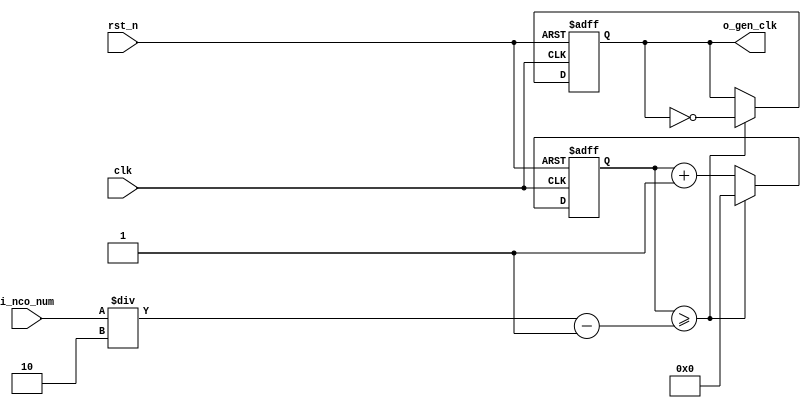
//	--------------------------------------------------
//	Clock Controller (nco, debounce, controller)
//	--------------------------------------------------
module	nco(	
		o_gen_clk,
		i_nco_num,
		clk,
		rst_n);

output		o_gen_clk	;				// generate 1Hz CLK

input	[31:0]	i_nco_num	;				// (like cnt) 1~50M switching
input		clk		;				// 50Mhz CLK
input		rst_n		;

reg	[31:0]	cnt		;				// (like i_nco_num) 1~25M twice switching
reg		o_gen_clk	;

always @(posedge clk or negedge rst_n) begin
	if(rst_n == 1'b0) begin					// start all 0
			cnt	  <= 32'd0		;
			o_gen_clk <= 1'd0		;
	end else begin
		if(cnt >= i_nco_num/2-1) begin			
			cnt 	  <= 32'd0		;
			o_gen_clk <= ~o_gen_clk		;	// each 25M cnt, clk_1hz = ~clk_1hz
		end else begin
			cnt <= cnt + 1'b1;
		end
	end
end

endmodule

module  debounce(
		o_sw,
		i_sw,
		clk);
output		o_sw			;

input		i_sw			;
input		clk			;

reg		dly1_sw			;
always @(posedge clk) begin
	dly1_sw <= i_sw;
end

reg		dly2_sw			;
always @(posedge clk) begin
	dly2_sw <= dly1_sw;
end

assign		o_sw = dly1_sw | ~dly2_sw;

endmodule


module	controller(
		o_mode,
		o_position,

		o_sec_clk,
		o_min_clk,
		o_hour_clk,		// hour clk o
		
		o_sw_ssec_clk,         // stop watch clk
      		o_sw_sec_clk,      
      		o_sw_min_clk,      

		i_max_hit_sec,
		i_max_hit_min,
		i_max_hit_hour,		// hit hour o ( max: 24)

		i_sw_hit_sec,         // sw hit
      		i_sw_hit_ssec,
      		i_sw_hit_min,         

		o_alarm_sec_clk,
		o_alarm_min_clk,
		o_alarm_hour_clk,	// alarm hour clk

		o_alarm_en1,
		o_alarm_en2,

		o_stopwatch_en,
		o_am_pm_en,		

		i_sw0,
		i_sw1,
		i_sw2,
		i_sw3,
		i_sw4,
		
		i_sw6,
		i_sw7,

		clk,
		rst_n,
		dis_hour,
		dis_min,
		dis_sec);

output	[2:0]	o_mode			;  	// clock=0, move=1, alarm=2
output	[1:0]	o_position		; 	// hour, min, sec position 

output		o_sec_clk		;
output		o_min_clk		;
output		o_hour_clk		;  	// hour clk o => for only clock

output		o_alarm_en1		;
output		o_alarm_en2		;

output	[1:0]	o_stopwatch_en		;	// stop_watch state
output		o_am_pm_en		;

output		o_alarm_sec_clk 	;
output		o_alarm_min_clk 	;
output		o_alarm_hour_clk	;	// alarm hour clk

output      	o_sw_ssec_clk      	;
output      	o_sw_sec_clk      	;
output     	o_sw_min_clk      	;   	// sw clk

output		dis_hour		;
output		dis_min			;
output		dis_sec			;

input		i_max_hit_sec		;
input		i_max_hit_min		;
input		i_max_hit_hour		;  	// hit hour nessary o (max:24)

input      	i_sw_hit_sec      	;
input      	i_sw_hit_ssec      	;
input      	i_sw_hit_min      	;   

input		i_sw0			;
input 		i_sw1			;
input 		i_sw2			; 
input		i_sw3			;  	// alarm button , when 0, no alarm, when 1, alarm ring
input		i_sw4			;	// at stopwatch, stop button

input		i_sw6			;
input		i_sw7			;

input		clk			;
input		rst_n			;

parameter	MODE_CLOCK	= 3'd0	;
parameter	MODE_SETUP	= 3'd1	;
parameter	MODE_ALARM	= 3'd2	;  	// alarm mode
parameter	MODE_STOPWATCH= 3'd3	;
parameter	MODE_SYDNEY_CLOCK = 3'd4;	// world clock ( sydney  )
parameter	MODE_LONDON_CLOCK = 3'd5;	// world clock ( london )

parameter 
		POS_SEC	 = 2'd0		,
		POS_MIN	 = 2'd1		,
		POS_HOUR = 2'd2		;

wire		clk_100hz		;
nco		u0_nco(
		.o_gen_clk	( clk_100hz	),
		.i_nco_num	( 32'd500000	),
		.clk		( clk		),
		.rst_n		( rst_n		));



wire		sw0			;
debounce	u0_debounce(
		.o_sw		( sw0		),
		.i_sw		( i_sw0		),
		.clk		( clk_100hz	));

wire		sw1			;
debounce	u1_debounce(
		.o_sw		( sw1		),
		.i_sw		( i_sw1		),
		.clk		( clk_100hz	));

wire		sw2			;
debounce	u2_debounce(
		.o_sw		( sw2		),
		.i_sw		( i_sw2		),
		.clk		( clk_100hz	));

wire		sw3			;
debounce	u3_debounce(
		.o_sw		( sw3		),
		.i_sw		( i_sw3		),
		.clk		( clk_100hz	));

wire		sw4			;
debounce	u4_debounce(
		.o_sw		( sw4		),
		.i_sw		( i_sw4		),
		.clk		( clk_100hz	));

wire		sw6			;
debounce	u6_debounce(
		.o_sw		( sw6		),
		.i_sw		( i_sw6		),
		.clk		( clk_100hz	));

wire		sw7			;
debounce	u7_debounce(
		.o_sw		( sw7		),
		.i_sw		( i_sw7		),
		.clk		( clk_100hz	));

/// at blink using

wire		dis_hour		;

nco		u_nco0(					
		.o_gen_clk	( dis_hour	),
		.i_nco_num	( 32'd50000000	),	// 1 sec , clk change
		.clk		( clk		),
		.rst_n		( rst_n		));

wire		dis_min			;

nco		u_nco1(					
		.o_gen_clk	( dis_min	),
		.i_nco_num	( 32'd50000000	),	// 1 sec , clk change
		.clk		( clk		),
		.rst_n		( rst_n		));

wire		dis_sec			;

nco		u_nco2(					
		.o_gen_clk	( dis_sec	),
		.i_nco_num	( 32'd50000000	),	// 1 sec , clk change
		.clk		( clk		),
		.rst_n		( rst_n		));



reg  [2:0]	o_mode			;	// clock, move, alarm

always @(posedge sw0 or negedge rst_n) begin
	if(rst_n == 1'b0) begin
		o_mode <= MODE_CLOCK;
	end else begin
		if(o_mode >= MODE_LONDON_CLOCK) begin
			o_mode <= MODE_CLOCK;
		end else begin
			o_mode <= o_mode + 1'b1;
		end
	end
end

reg [1:0]	o_position		;  	//  hour = 2 , min = 1 , sec = 0

always @(posedge sw1 or negedge rst_n) begin
	if(rst_n == 1'b0) begin
		o_position <= POS_SEC;		// pos_sec =0 start! add 1
	end else begin
		if(o_position >= POS_HOUR) begin
			o_position <= POS_SEC;
		end else begin
			o_position <= o_position + 1'd1;
		end
	end
end

reg 		o_alarm_en1		;

always @(posedge sw3 or negedge rst_n) begin
	if(rst_n == 1'b0) begin
		o_alarm_en1 <= 2'd0;
	end else begin
		o_alarm_en1 <= o_alarm_en1 + 1'b1;
	end
end

reg 		o_alarm_en2		;

always @(posedge sw7 or negedge rst_n) begin
	if(rst_n == 1'b0) begin
		o_alarm_en2 <= 2'd0;
	end else begin
		o_alarm_en2 <= o_alarm_en2 + 1'b1;
	end
end

///// o_stopwatch_en's mode

parameter   MODE_RESET  = 2'd0   ; 
parameter   MODE_GO   	= 2'd1   ;
parameter   MODE_STOP   = 2'd2   ;

reg   [1:0]   o_stopwatch_en      ;    // reset,  go, stop 

always @(posedge sw4 or negedge rst_n) begin
   	if(rst_n == 1'b0) begin
      		o_stopwatch_en <= MODE_RESET;      
   	end else begin
      		if(o_stopwatch_en >= MODE_STOP) begin
         		o_stopwatch_en <= MODE_RESET;
      		end else begin
        		o_stopwatch_en <= o_stopwatch_en + 1'b1;
      		end
   	end
end

reg		o_am_pm_en		;

always @(posedge sw6 or negedge rst_n) begin			// when o_am_pm_en =1, am_pm mode
	if(rst_n == 1'b0) begin
		o_am_pm_en <= 1'b0;
	end else begin
		o_am_pm_en <= o_am_pm_en + 1'b1;
	end
end


wire		clk_1hz			;

nco		u1_nco(
		.o_gen_clk	( clk_1hz	),
		.i_nco_num	( 32'd50000000	),
		.clk		( clk		),
		.rst_n		( rst_n		));

reg		o_sec_clk		;
reg		o_min_clk		;
reg		o_hour_clk		;  // hour clk making

reg		o_alarm_sec_clk		;
reg		o_alarm_min_clk		;
reg		o_alarm_hour_clk	;

reg      	o_sw_ssec_clk      	;
reg      	o_sw_sec_clk      	;
reg      	o_sw_min_clk      	;


always @(*) begin
	case(o_mode)
		MODE_CLOCK : begin
			o_sec_clk  = clk_1hz;
			o_min_clk  = i_max_hit_sec;
			o_hour_clk = i_max_hit_min; // when max-min, hour+1
			o_alarm_sec_clk = 1'b0;
			o_alarm_min_clk = 1'b0;
			o_alarm_hour_clk = 1'b0;
			o_sw_ssec_clk = 1'b0;
        		o_sw_sec_clk = 1'b0;
         		o_sw_min_clk = 1'b0;
		end
		MODE_SETUP : begin
			case(o_position)
				POS_SEC : begin
					o_sec_clk  = ~sw2;	
					o_min_clk  = 1'd0;	 
					o_hour_clk = 1'd0;	// when sec select, min and hour = 0	
 					o_alarm_sec_clk = 1'b0;
					o_alarm_min_clk = 1'b0;
					o_alarm_hour_clk = 1'b0;
					o_sw_ssec_clk = 1'b0;
         				o_sw_sec_clk = 1'b0;
         				o_sw_min_clk = 1'b0;
				end
				POS_MIN : begin
					o_sec_clk  = 1'd0;
					o_min_clk  = ~sw2;
					o_hour_clk = 1'd0;	// when min select, sec and hour = 0
					o_alarm_sec_clk = 1'b0;
					o_alarm_min_clk = 1'b0;
					o_alarm_hour_clk = 1'b0;
					o_sw_ssec_clk = 1'b0;
         				o_sw_sec_clk = 1'b0;
         				o_sw_min_clk = 1'b0;
				end
				POS_HOUR : begin
					o_sec_clk  = 1'd0;
					o_min_clk  = 1'd0;
					o_hour_clk = ~sw2;	// when hour select, sec and min = 0
					o_alarm_sec_clk = 1'b0;
					o_alarm_min_clk = 1'b0;
					o_alarm_hour_clk = 1'b0;
					o_sw_ssec_clk = 1'b0;
         				o_sw_sec_clk = 1'b0;
         				o_sw_min_clk = 1'b0;
				end
			endcase
		end
		MODE_ALARM : begin
			case(o_position)
				POS_SEC : begin
					o_sec_clk = clk_1hz;
					o_min_clk = i_max_hit_sec;
					o_hour_clk = i_max_hit_min;
					o_alarm_sec_clk = ~sw2;
					o_alarm_min_clk= 1'b0;
					o_alarm_hour_clk = 1'b0;
					o_sw_ssec_clk = 1'b0;
         				o_sw_sec_clk = 1'b0;
         				o_sw_min_clk = 1'b0;
				end
				POS_MIN : begin
					o_sec_clk = clk_1hz;
					o_min_clk = i_max_hit_sec;
					o_hour_clk = i_max_hit_min;
					o_alarm_sec_clk = 1'b0;
					o_alarm_min_clk = ~sw2;
					o_alarm_hour_clk = 1'b0;
					o_sw_ssec_clk = 1'b0;
         				o_sw_sec_clk = 1'b0;
         				o_sw_min_clk = 1'b0;
				end
				POS_HOUR: begin
					o_sec_clk = clk_1hz;
					o_min_clk = i_max_hit_sec;
					o_hour_clk = i_max_hit_min;
					o_alarm_sec_clk = 1'b0;
					o_alarm_min_clk = 1'b0;
					o_alarm_hour_clk = ~sw2;
					o_sw_ssec_clk = 1'b0;
         				o_sw_sec_clk = 1'b0;
         				o_sw_min_clk = 1'b0;
				end
			endcase
		end
		 MODE_STOPWATCH : begin
            		case(o_stopwatch_en)       
         			MODE_RESET: begin //reset
                  			o_sec_clk  =clk_1hz ;
                 			o_min_clk  = i_max_hit_sec;
                 			o_hour_clk = i_max_hit_min; 
                   			o_alarm_sec_clk = 1'b0;
                 			o_alarm_min_clk = 1'b0;
                  			o_alarm_hour_clk = 1'b0;
                  			o_sw_ssec_clk = clk_1hz ;
                 			o_sw_sec_clk =clk_1hz ;
                  			o_sw_min_clk = clk_1hz ;
                     		end
       				MODE_GO: begin //go
                  			o_sec_clk  = clk_1hz ;
                 			o_min_clk  = i_max_hit_sec;
                 			o_hour_clk = i_max_hit_min; 
                   			o_alarm_sec_clk = 1'b0;
                 			o_alarm_min_clk = 1'b0;
                  			o_alarm_hour_clk = 1'b0;
                  			o_sw_ssec_clk = clk_100hz;
                  			o_sw_sec_clk = i_sw_hit_ssec;
                  			o_sw_min_clk = i_sw_hit_sec;
                     		end
         			MODE_STOP:begin //stop
                  			o_sec_clk  = clk_1hz ;
                  			o_min_clk  = i_max_hit_sec;
                  			o_hour_clk = i_max_hit_min; 
                  			o_alarm_sec_clk = 1'b0 ;
                  			o_alarm_min_clk = 1'b0 ;
                  			o_alarm_hour_clk = 1'b0;
                  			o_sw_ssec_clk = clk_1hz ;
                			o_sw_sec_clk = clk_1hz ;
                  			o_sw_min_clk = clk_1hz ;
            			end
            			endcase
      		end

		MODE_SYDNEY_CLOCK : begin
			o_sec_clk  = clk_1hz;
			o_min_clk  = i_max_hit_sec;
			o_hour_clk = i_max_hit_min; // when max-min, hour+1
			o_alarm_sec_clk = 1'b0;
			o_alarm_min_clk = 1'b0;
			o_alarm_hour_clk = 1'b0;
			o_sw_ssec_clk = 1'b0;
        		o_sw_sec_clk = 1'b0;
         		o_sw_min_clk = 1'b0;
		end
		MODE_LONDON_CLOCK : begin
			o_sec_clk  = clk_1hz;
			o_min_clk  = i_max_hit_sec;
			o_hour_clk = i_max_hit_min; // when max-min, hour+1
			o_alarm_sec_clk = 1'b0;
			o_alarm_min_clk = 1'b0;
			o_alarm_hour_clk = 1'b0;
			o_sw_ssec_clk = 1'b0;
        		o_sw_sec_clk = 1'b0;
         		o_sw_min_clk = 1'b0;
		end

		default: begin
			o_sec_clk = 1'b0;
			o_min_clk = 1'b0;
			o_hour_clk = 1'b0;
			o_alarm_sec_clk = 1'b0;
			o_alarm_min_clk = 1'b0;
			o_alarm_hour_clk = 1'b0;
			o_sw_ssec_clk = 1'b0;
         		o_sw_sec_clk = 1'b0;
         		o_sw_min_clk = 1'b0;
		end
	endcase
end

endmodule




// 	RESET MODULE
module   hms_cnt_cntstop( 
      			 o_hms_cnt,
      			 o_max_hit,
      			 i_max_cnt,
      			 find_cnt, //[1:0] i_stopwatch_en -> [1:0] find_cnt 
      			 clk,
      			 rst_n
			);

output  [6:0]   o_hms_cnt      	;
output          o_max_hit      	;

input   [6:0]   i_max_cnt      	;     
input   [1:0]   find_cnt    	; 

input      	clk         	;
input      	rst_n         	;

reg   [6:0]   	o_hms_cnt      	;
reg      	o_max_hit      	;

always @(posedge clk or negedge rst_n) begin
   if(rst_n == 1'b0) begin
      o_hms_cnt <= 7'd0;
      o_max_hit <= 1'b0;
   end else begin
    	case(find_cnt)
   		2'd0 : begin   //reset
         		o_hms_cnt <= 7'd0 ;   
         		o_max_hit <= 1'b0;
   		end
   		2'd1 : begin   //go
       			if(o_hms_cnt >= i_max_cnt) begin  
         			o_hms_cnt <= 7'd0;
         			o_max_hit <= 1'b1;
      			end else begin
         			o_hms_cnt <= o_hms_cnt + 1'b1;   
         			o_max_hit <= 1'b0;
      			end
   		end
  		2'd2 : begin   //stop
         		o_hms_cnt <= o_hms_cnt ;   
         		o_max_hit <= 1'b0;
   		end
	
	endcase
    end
end

endmodule

//	--------------------------------------------------
//	HMS(Hour:Min:Sec) Counter
//	--------------------------------------------------
module	hms_cnt(
		o_hms_cnt,
		o_max_hit,
		i_max_cnt,
		clk,
		rst_n,
		i_en
		);

output	[6:0]	o_hms_cnt		;
output		o_max_hit		;

input	[6:0]	i_max_cnt		;		// max_count value , hour(0-23), min(0-59), sec(0-59)
input		clk			;
input		rst_n			;

input		i_en			;		// for stop watch, 1= stop, 0 = going

reg	[6:0]	o_hms_cnt		;
reg		o_max_hit		;

always @(posedge clk or negedge rst_n) begin
	if(rst_n == 1'b0) begin
		o_hms_cnt <= 7'd0;
		o_max_hit <= 1'b0;
	end else begin	
		if( i_en == 1'b0) begin
			if(o_hms_cnt >= i_max_cnt) begin	// large than i_max_cnt => o_max_hit +1
				o_hms_cnt <= 7'd0;
				o_max_hit <= 1'b1;
				end else begin
				o_hms_cnt <= o_hms_cnt + 1'b1;	// less than i_max_cnt => o_hms_cnt + 1
				o_max_hit <= 1'b0;
				end
		end else begin	
			o_hms_cnt <= o_hms_cnt;
			o_max_hit <= o_max_hit;
		end
	end
end

endmodule


//	--------------------------------------------------
//	HMS(Hour:Min:Sec) Counter
//	--------------------------------------------------

module	hourminsec(	
			o_sec,
			o_min,
			o_hour,				// output-hour

			o_max_hit_sec,
			o_max_hit_min,
			o_max_hit_hour,			// max-hit-hour
			
			o_sw_hit_ssec,			
			o_sw_hit_sec,	
			o_sw_hit_min,			// sw- hit	

			o_alarm1,
			o_alarm2,

			i_mode,
			i_position,

			i_sec_clk,
			i_min_clk,
			i_hour_clk,			// hour-clk

			i_alarm_en1,
			i_alarm_en2,

			i_stopwatch_en,
			i_am_pm_en,

			i_alarm_sec_clk,
			i_alarm_min_clk,
			i_alarm_hour_clk,

			i_sw_ssec_clk,			// sw clk	<= controller
			i_sw_sec_clk,
			i_sw_min_clk,

			clk,
			rst_n
			);

output	[6:0]	o_sec		;
output	[6:0]	o_min		;
output	[6:0]	o_hour		;			// hour(hour : 0-24, but o_hms_cnt is 6-bit, so o_hour need 6-bit)

output		o_alarm1	;
output		o_alarm2	;

output		o_max_hit_sec	;
output		o_max_hit_min	;
output		o_max_hit_hour	;			// max_hit_hour

output		o_sw_hit_ssec	;			
output		o_sw_hit_sec	;
output		o_sw_hit_min	;			// sw_hit

input	[2:0]	i_mode		;
input	[1:0]	i_position	;


input		i_sec_clk	;
input		i_min_clk	;
input		i_hour_clk	;			// hour_clk

input		i_sw_ssec_clk	;		
input 		i_sw_sec_clk	;
input		i_sw_min_clk	;			// sw clk

input		i_alarm_sec_clk	;
input		i_alarm_min_clk	;
input		i_alarm_hour_clk;			// i_alarm_hour_clk

input		i_alarm_en1	;
input		i_alarm_en2	;

input 	[1:0]	i_stopwatch_en	;			// sw-en

input		i_am_pm_en	;

input		clk		;
input		rst_n		;

parameter	MODE_CLOCK	= 3'd0	;
parameter	MODE_SETUP	= 3'd1	;
parameter	MODE_ALARM	= 3'd2	;
parameter	MODE_STOPWATCH	= 3'd3	;
parameter	MODE_SYDNEY_CLOCK = 3'd4;	// world clock ( sydney  )
parameter	MODE_LONDON_CLOCK = 3'd5;	// world clock ( london )


parameter	POS_SEC		= 2'd0	;
parameter	POS_MIN		= 2'd1	;
parameter	POS_HOUR	= 2'd2	;


//	MODE_CLOCK

wire	[6:0]	sec		;
wire		o_max_hit_sec	;

hms_cnt		u0_hms_cnt(				// u0 : sec
		.o_hms_cnt	( sec		),
		.o_max_hit	( o_max_hit_sec	),
		.i_max_cnt	( 7'd59		),	// sec(0-59)
		.clk		( i_sec_clk	),
		.rst_n		( rst_n		),
		.i_en		(		)
		);

wire	[6:0]	min		;
wire		o_max_hit_min	;

hms_cnt		u1_hms_cnt(				// u1 : min
		.o_hms_cnt	( min		),
		.o_max_hit	( o_max_hit_min	),
		.i_max_cnt	( 7'd59		),	// min(0-59)
		.clk		( i_min_clk	),
		.rst_n		( rst_n		),
		.i_en		(		)
		);

wire	[6:0]	hour		;
wire		o_max_hit_hour	; 		

hms_cnt		u2_hms_cnt(				// u2 : hour
		.o_hms_cnt	( hour		),
		.o_max_hit	( o_max_hit_hour),
		.i_max_cnt	( 7'd23		),	// hour(0-23)
		.clk		( i_hour_clk	),	
		.rst_n		( rst_n		),
		.i_en		(		)
		);

reg	[6:0]	apm_sec		;
reg	[6:0]	apm_min		;
reg	[6:0]	apm_hour	;

always @ (*) begin
  if( i_am_pm_en == 1'b0) begin
		apm_sec <= sec	;
		apm_min	<= min	;
		apm_hour<= hour ;
  end else begin
	if( hour >= 7'd12) begin
 		apm_sec <= sec	;
		apm_min	<= min	;
		apm_hour<= hour - 7'd12 ;
	end else begin
		apm_sec <= sec	;
		apm_min	<= min	;
		apm_hour<= hour ;
	end
  end
end



//	MODE_ALARM

wire	[6:0]	alarm_sec	;

hms_cnt		u_hms_cnt_alarm_sec(
		.o_hms_cnt	( alarm_sec		),
		.o_max_hit	( 			),
		.i_max_cnt	( 7'd59			),
		.clk		( i_alarm_sec_clk	),
		.rst_n		( rst_n			),
		.i_en		(			)
		);

wire	[6:0]	alarm_min	;

hms_cnt		u_hms_cnt_alarm_min(
		.o_hms_cnt	( alarm_min		),
		.o_max_hit	( 			),
		.i_max_cnt	( 7'd59			),
		.clk		( i_alarm_min_clk	),
		.rst_n		( rst_n			),
		.i_en		(			)
		);

wire	[6:0]	alarm_hour	;

hms_cnt		u_hms_cnt_alarm_hour(				// hour alarm
		.o_hms_cnt	( alarm_hour		),
		.o_max_hit	( 			),
		.i_max_cnt	( 7'd23			),
		.clk		( i_alarm_hour_clk	),
		.rst_n		( rst_n			),
		.i_en		(			)	
		);


//   MODE_STOPWATCH

wire   [6:0]   sw_mmsec   ;
wire       o_sw_hit_ssec   ;

hms_cnt_cntstop      u0_hms_cnt_stopwatch(            // u0 : ssec
      .o_hms_cnt   ( sw_mmsec      ),
      .o_max_hit   ( o_sw_hit_ssec      ),
      .i_max_cnt   ( 7'd99         ),   // sec(0-59)
      .clk      ( i_sw_ssec_clk      ),
      .find_cnt (  i_stopwatch_en ),
      .rst_n      ( rst_n         ));


wire   [6:0]   sw_sec      ;
wire      o_sw_hit_sec   ;

hms_cnt_cntstop      u1_hms_cnt_stopwatch(            // u1 :sec
      .o_hms_cnt   ( sw_sec      ),
      .o_max_hit   (  o_sw_hit_sec   ),
      .i_max_cnt   ( 7'd59         ),   
      .clk         ( i_sw_sec_clk      ),
      .find_cnt    (  i_stopwatch_en ),
      .rst_n       ( rst_n         ));

wire   [6:0]   sw_min      ;
wire      o_sw_hit_min   ;

hms_cnt_cntstop      u2_hms_cnt_stopwatch(            // u2 : min
      .o_hms_cnt   ( sw_min      ),
      .o_max_hit   (  o_sw_hit_min      ),
      .i_max_cnt   ( 7'd59         ),   
      .clk      ( i_sw_min_clk      ),  
      .find_cnt (  i_stopwatch_en ), 
      .rst_n      ( rst_n         ));


//	MODE_SYDNEY_CLOCK

reg	[6:0]	S_sec		;
reg	[6:0]	S_min		;
reg	[6:0]	S_hour		;

always @ (*) begin
if( hour >= 7'd22) begin
 		S_sec <= sec	;
		S_min <= min	;
		S_hour <= hour -7'd22;
end else begin
		S_sec <= sec	;
		S_min <= min	;
		S_hour <= hour +7'd2;
end
end

//	MODE_LONDON_CLOCK

reg	[6:0]	L_sec		;
reg	[6:0]	L_min		;
reg	[6:0]	L_hour		;

always @ (*) begin
if( hour >= 9) begin
 		L_sec <= sec	;
		L_min <= min	;
		L_hour <= hour -7'd9;
end else begin
		L_sec <= sec	;
		L_min <= min	;
		L_hour <= hour +7'd15;
end
end

reg	[6:0]	o_sec		;
reg	[6:0]	o_min		;
reg	[6:0]	o_hour		;


always @ (*) begin
	case(i_mode)
		MODE_CLOCK: 	begin
			o_sec	= apm_sec;
			o_min	= apm_min;
			o_hour	= apm_hour;
		end
		MODE_SETUP:	begin
			o_sec	= sec;
			o_min	= min;
			o_hour	= hour;
		end
		MODE_ALARM:	begin
			o_sec	= alarm_sec;
			o_min	= alarm_min;
			o_hour	= alarm_hour;
		end
		MODE_STOPWATCH: begin
			o_sec	= sw_mmsec;
			o_min	= sw_sec;
			o_hour	= sw_min;
		end
		MODE_SYDNEY_CLOCK : begin
			o_sec	= S_sec;
			o_min	= S_min;
			o_hour	= S_hour;
		end
		MODE_LONDON_CLOCK : begin
			o_sec	= L_sec;
			o_min	= L_min;
			o_hour	= L_hour;
		end
		default : begin
			o_sec	= 7'd0;
			o_min	= 7'd0;
			o_hour	= 7'd0;
		end
	endcase
end

reg		o_alarm1	;
reg		o_alarm2	;


always @ (posedge clk or negedge rst_n) begin
	if (rst_n == 1'b0) begin
		o_alarm1 <= 1'b0;
		o_alarm2 <= 1'b0;
	end else begin
		if( (sec == 7'd0) && (min == 7'd0) && (hour != 7'd0) ) begin				// n'o clock ringing
			o_alarm1 <= 1'b1 & i_alarm_en1;
		end else begin
			o_alarm1 <= o_alarm1 & i_alarm_en1;
		end

		if( (sec == alarm_sec) && (min == alarm_min) && (hour == alarm_hour)) begin
			o_alarm2 <= 1'b1 & i_alarm_en2;
		end else begin
			o_alarm2 <= o_alarm2 & i_alarm_en2;
		end			
	end
end

endmodule

//	BUZZ

module	buzz(
		o_buzz,
		i_buzz_en1,
		i_buzz_en2,
		clk,
		rst_n);

output		o_buzz		;

input		i_buzz_en1	;
input		i_buzz_en2	;

input		clk		;
input		rst_n		;

parameter	HIGH_DO = 23889	;
parameter   	HIGH_RE = 21285 ;
parameter	HIGH_RE_SHARP = 20088 ;
parameter   	HIGH_MI = 18960 ;
parameter   	SI = 25316 ;
parameter   	RA = 28409 ;
parameter   	DO = 47801 ;
parameter   	MI = 37936 ;
parameter	REST = 250 ;

wire		clk_bit		;
nco	u_nco_bit(	
		.o_gen_clk	( clk_bit	),
		.i_nco_num	( 25000000	),
		.clk		( clk		),
		.rst_n		( rst_n		));

reg	[4:0]	cnt		;
always @ (posedge clk_bit or negedge rst_n) begin
	if(rst_n == 1'b0) begin
		cnt <= 5'd0;
	end else begin
		if(cnt >= 5'd24) begin
			cnt <= 5'd0;
		end else begin
			cnt <= i_buzz_en2 ;
			cnt <= cnt + 1'd1;

		end
	end
end

reg	[4:0]	h_cnt		;				// when n'o clock, ringing 
always @ (posedge clk_bit or negedge rst_n) begin
	if(rst_n == 1'b0) begin
		h_cnt <= 5'd0;
	end else begin
		if(h_cnt >= 5'd24) begin
			h_cnt <= 5'd0;
		end else begin
			h_cnt <= i_buzz_en1 ;
			h_cnt <= h_cnt + 1'd1;

		end
	end
end

reg   [31:0]   h_nco_num      ;

always @ (*) begin
   	case(h_cnt)
     		5'd00: h_nco_num = MI;
      		5'd01: h_nco_num = REST;
      		5'd02: h_nco_num = MI;
      		5'd03: h_nco_num = REST;
      		5'd04: h_nco_num = MI;
      		5'd05: h_nco_num = REST;
      		5'd06: h_nco_num = MI;
      		5'd07: h_nco_num = REST;
      		5'd08: h_nco_num = MI;
      		5'd09: h_nco_num = REST;
      		5'd10: h_nco_num = MI;
      		5'd11: h_nco_num = REST;
      		5'd12: h_nco_num = MI;
      		5'd13: h_nco_num = REST;
      		5'd14: h_nco_num = MI;
      		5'd15: h_nco_num = REST;
      		5'd16: h_nco_num = MI;
      		5'd17: h_nco_num = REST;
      		5'd18: h_nco_num = MI;
      		5'd19: h_nco_num = REST;
      		5'd20: h_nco_num = MI;
      		5'd21: h_nco_num = REST;
      		5'd22: h_nco_num = MI;
      		5'd23: h_nco_num = REST;
      		5'd24: h_nco_num = MI;
      		5'd25: h_nco_num = REST;
      		5'd26: h_nco_num = MI;
      		5'd27: h_nco_num = REST;
   	endcase
end

reg   [31:0]   nco_num      ;

always @ (*) begin
   	case(cnt)
     		5'd00: nco_num = HIGH_MI;
      		5'd01: nco_num = HIGH_RE_SHARP;
      		5'd02: nco_num = HIGH_MI;
      		5'd03: nco_num = HIGH_RE_SHARP;
      		5'd04: nco_num = HIGH_MI;
      		5'd05: nco_num = SI;
      		5'd06: nco_num = HIGH_RE;
      		5'd07: nco_num = HIGH_DO;
      		5'd08: nco_num = RA;
      		5'd09: nco_num = REST;		
      		5'd10: nco_num = DO;
      		5'd11: nco_num = MI;
      		5'd12: nco_num = RA;
      		5'd13: nco_num = SI;
      		5'd14: nco_num = MI;
      		5'd15: nco_num = HIGH_DO;
      		5'd16: nco_num = SI;
      		5'd17: nco_num = RA;
      		5'd18: nco_num = REST;
   	endcase
end

wire		buzz1		;				// n'o clock ringing

nco	u_nco_buzz1(	
		.o_gen_clk	( buzz1		),
		.i_nco_num	( h_nco_num	),
		.clk		( clk		),
		.rst_n		( rst_n		));

wire		buzz2		;

nco	u_nco_buzz2(	
		.o_gen_clk	( buzz2		),
		.i_nco_num	( nco_num	),
		.clk		( clk		),
		.rst_n		( rst_n		));

wire [1:0]	i_buzz_en	;
assign		i_buzz_en = { i_buzz_en1, i_buzz_en2  };

reg		o_buzz		;

always @ (*) begin
	case(i_buzz_en)
	2'b00 : o_buzz = 1'b0 ;
	2'b01 : o_buzz = buzz2 & i_buzz_en2;
	2'b10 : o_buzz = buzz1 & i_buzz_en1;
	2'b11 : o_buzz = buzz2 & i_buzz_en2;			// alarm >>>>>>> n'o clock
	default : ;
	endcase
end
endmodule

module dot(
		mode,
		position,
		o_six_dp,
		blink_clk,
		rst_n,
		alarm_en1,
		alarm_en2,
		ampm_en
			);

input [2:0]	mode		;
input [1:0]	position	;

input		blink_clk	;
input		rst_n		;

input		alarm_en1	;
input		alarm_en2	;

input		ampm_en		;

output [5:0]	o_six_dp	;

reg [5:0]	o_six_dp	;

wire [1:0]	alarm_en	;
assign		alarm_en = { alarm_en1, alarm_en2 } ;

always @(posedge blink_clk or negedge rst_n) begin
if(rst_n == 1'b0) begin
		o_six_dp <= 6'b00_00_00 ;
	end else begin
	case(mode)
		3'd0 : begin
			if(ampm_en == 1'b0) begin
				case(alarm_en)
				2'b00 : o_six_dp = 6'b01_01_00 ;
				2'b01 : o_six_dp = 6'b01_01_01 ;
				2'b10 : o_six_dp = 6'b01_01_10 ;
				2'b11 : o_six_dp = 6'b01_01_11 ;
				endcase
			end else begin
				o_six_dp = 6'b11_11_11 ;
			end
		end
		3'd1 : begin						//setting_mode
			case(position)
				2'b00 : o_six_dp = 6'b00_00_01 ;
				2'b01 : o_six_dp = 6'b00_01_00 ;
				2'b10 : o_six_dp = 6'b01_00_00 ;
				default : o_six_dp = 6'b00_00_00 ;
			endcase
		end
		3'd2: begin						// alarm mode
			if(alarm_en == 1'b0) begin
			case(position)
				2'b00 : o_six_dp = 6'b00_00_01 ;
				2'b01 : o_six_dp = 6'b00_01_00 ;
				2'b10 : o_six_dp = 6'b01_00_00 ;
				default : o_six_dp = 6'b00_00_00 ;
			endcase
			end else begin
			case(position)					// when alarm_en =1, alarm ringing dp[5]=on
				2'b00 : o_six_dp = 6'b10_00_01 ;
				2'b01 : o_six_dp = 6'b10_01_00 ;
				2'b10 : o_six_dp = 6'b11_00_00 ;
				default : o_six_dp = 6'b00_00_00 ;
			endcase
			end
		end
		3'd3 : o_six_dp = 6'b00_01_00;
		3'd4 : o_six_dp = 6'b01_01_00 ;
		3'd5 : o_six_dp = 6'b01_01_00 ;
		default :  o_six_dp <= 6'b00_00_00 ;	
	endcase
	end
end	

endmodule


//	--------------------------------------------------
//	Flexible Numerical Display Decoder
//	--------------------------------------------------
`timescale 	1ns/1ns

module	fnd_dec(
		clk,
		hour10,
		hour0,
		min10,
		min0,
		sec10,
		sec0,
		blink,
		blink_clk,
		dis_hour,
		dis_min,
		dis_sec,
		i_six_digit_seg
		);

output[41:0]	i_six_digit_seg	;		

input		clk		;

input [3:0]	hour10		;
input [3:0]	hour0		;
input [3:0]	min10		;
input [3:0]	min0		;
input [3:0]	sec10		;
input [3:0]	sec0		;

input		dis_hour	;
input		dis_min		;
input		dis_sec		;

input		blink		;
input		blink_clk	;

reg [41:0] 	i_six_digit_seg	;

parameter  tck = 1000/50	;

initial begin
#(0*tck)	i_six_digit_seg[41:0]  = 42'd0		;
#(10*tck) begin
		i_six_digit_seg[41:35] = 7'b000_0000	; 		// 
		i_six_digit_seg[34:28] = 7'b011_0111	; 		// H
		i_six_digit_seg[27:21] = 7'b100_1111	; 		// E
		i_six_digit_seg[20:14] = 7'b000_1110	; 		// L
		i_six_digit_seg[13:7]  = 7'b000_1110	; 		// L
		i_six_digit_seg[6:0]   = 7'b111_1110	; 		// O
end
end

always @ (posedge blink_clk) begin
	if(dis_hour == 1'b1) begin
		case(hour10)
		4'd0 : i_six_digit_seg[41:35] <= 7'b111_1110	; 
 		4'd1 : i_six_digit_seg[41:35] <= 7'b011_0000	; 
 		4'd2 : i_six_digit_seg[41:35] <= 7'b110_1101	; 
		4'd3 : i_six_digit_seg[41:35] <= 7'b111_1001	; 
 		4'd4 : i_six_digit_seg[41:35] <= 7'b011_0011	; 
 		4'd5 : i_six_digit_seg[41:35] <= 7'b101_1011	; 
 		4'd6 : i_six_digit_seg[41:35] <= 7'b101_1111	; 
 		4'd7 : i_six_digit_seg[41:35] <= 7'b111_0000	; 
 		4'd8 : i_six_digit_seg[41:35] <= 7'b111_1111	; 
 		4'd9 : i_six_digit_seg[41:35] <= 7'b111_0011	; 
		default : ;
		endcase
	
		case(hour0)
		4'd0 : i_six_digit_seg[34:28] <= 7'b111_1110	; 
 		4'd1 : i_six_digit_seg[34:28] <= 7'b011_0000	; 
 		4'd2 : i_six_digit_seg[34:28] <= 7'b110_1101	; 
 		4'd3 : i_six_digit_seg[34:28] <= 7'b111_1001	; 
 		4'd4 : i_six_digit_seg[34:28] <= 7'b011_0011	; 
 		4'd5 : i_six_digit_seg[34:28] <= 7'b101_1011	; 
 		4'd6 : i_six_digit_seg[34:28] <= 7'b101_1111	; 
 		4'd7 : i_six_digit_seg[34:28] <= 7'b111_0000	; 
 		4'd8 : i_six_digit_seg[34:28] <= 7'b111_1111	; 
 		4'd9 : i_six_digit_seg[34:28] <= 7'b111_0011	; 
		default : ;
		endcase
	end else begin
		i_six_digit_seg[41:35] <= 7'b000_0000		;
		i_six_digit_seg[34:28] <= 7'b000_0000		;
		
	end
	
	if(dis_min == 1'b1) begin
		case(min10)
		4'd0 : i_six_digit_seg[27:21] <= 7'b111_1110	; 
 		4'd1 : i_six_digit_seg[27:21] <= 7'b011_0000	; 
 		4'd2 : i_six_digit_seg[27:21] <= 7'b110_1101	; 
 		4'd3 : i_six_digit_seg[27:21] <= 7'b111_1001	; 
 		4'd4 : i_six_digit_seg[27:21] <= 7'b011_0011	; 
 		4'd5 : i_six_digit_seg[27:21] <= 7'b101_1011	; 
 		4'd6 : i_six_digit_seg[27:21] <= 7'b101_1111	; 
 		4'd7 : i_six_digit_seg[27:21] <= 7'b111_0000	; 
 		4'd8 : i_six_digit_seg[27:21] <= 7'b111_1111	; 
 		4'd9 : i_six_digit_seg[27:21] <= 7'b111_0011	; 
		default : ;
		endcase
	
		case(min0)
		4'd0 : i_six_digit_seg[20:14] <= 7'b111_1110	; 
 		4'd1 : i_six_digit_seg[20:14] <= 7'b011_0000	; 
 		4'd2 : i_six_digit_seg[20:14] <= 7'b110_1101	; 
 		4'd3 : i_six_digit_seg[20:14] <= 7'b111_1001	; 
 		4'd4 : i_six_digit_seg[20:14] <= 7'b011_0011	; 
 		4'd5 : i_six_digit_seg[20:14] <= 7'b101_1011	; 
 		4'd6 : i_six_digit_seg[20:14] <= 7'b101_1111	; 
 		4'd7 : i_six_digit_seg[20:14] <= 7'b111_0000	; 
 		4'd8 : i_six_digit_seg[20:14] <= 7'b111_1111	; 
 		4'd9 : i_six_digit_seg[20:14] <= 7'b111_0011	; 
		default : ;
		endcase
	end else begin
		i_six_digit_seg[27:21] <= 7'b000_0000		;
		i_six_digit_seg[20:14] <= 7'b000_0000		;
	end
	
	if(dis_sec == 1'b1) begin
		case(sec10)
		4'd0 : i_six_digit_seg[13:7] <= 7'b111_1110	; 
 		4'd1 : i_six_digit_seg[13:7] <= 7'b011_0000	; 
 		4'd2 : i_six_digit_seg[13:7] <= 7'b110_1101	; 
 		4'd3 : i_six_digit_seg[13:7] <= 7'b111_1001	; 
 		4'd4 : i_six_digit_seg[13:7] <= 7'b011_0011	; 
 		4'd5 : i_six_digit_seg[13:7] <= 7'b101_1011	; 
 		4'd6 : i_six_digit_seg[13:7] <= 7'b101_1111	; 
 		4'd7 : i_six_digit_seg[13:7] <= 7'b111_0000	; 
 		4'd8 : i_six_digit_seg[13:7] <= 7'b111_1111	; 
 		4'd9 : i_six_digit_seg[13:7] <= 7'b111_0011	; 
		default : ;
		endcase

		case(sec0)
		4'd0 : i_six_digit_seg[6:0] <= 7'b111_1110	; 
 		4'd1 : i_six_digit_seg[6:0] <= 7'b011_0000	; 
 		4'd2 : i_six_digit_seg[6:0] <= 7'b110_1101	; 
 		4'd3 : i_six_digit_seg[6:0] <= 7'b111_1001	; 
 		4'd4 : i_six_digit_seg[6:0] <= 7'b011_0011	; 
 		4'd5 : i_six_digit_seg[6:0] <= 7'b101_1011	; 
 		4'd6 : i_six_digit_seg[6:0] <= 7'b101_1111	; 
 		4'd7 : i_six_digit_seg[6:0] <= 7'b111_0000	; 
 		4'd8 : i_six_digit_seg[6:0] <= 7'b111_1111	; 
 		4'd9 : i_six_digit_seg[6:0] <= 7'b111_0011	; 
		default : ;
		endcase
	end else begin
		i_six_digit_seg[13:7] <= 7'b000_0000		;
		i_six_digit_seg[6:0] <= 7'b000_0000		;
	end

end


endmodule


//	--------------------------------------------------
//	0~59 --> 2 Separated Segments
//	left = 10 's place	, right = 1 's place
//	--------------------------------------------------
module	double_fig_sep(						
		o_left,
		o_right,
		i_double_fig);

output	[3:0]	o_left		;
output	[3:0]	o_right		;

input	[6:0]	i_double_fig	;

assign		o_left	= i_double_fig / 10	;
assign		o_right	= i_double_fig % 10	;

endmodule


module 		blink( 
		clk,
		rst_n,
		blink, 
		blink_clk,
		setting_mode,
		setting_position,
		i_dis_hour,
		i_dis_min,
		i_dis_sec,
		o_dis_hour,
		o_dis_min,
		o_dis_sec
		);

input		clk			;	
input		rst_n			;

input		i_dis_hour		;
input		i_dis_min		;
input		i_dis_sec		;

output		o_dis_hour;
output		o_dis_min;
output		o_dis_sec ;


output		blink			;		// blink=1  ON, blink=0 OFF
output		blink_clk		;

input [2:0]	setting_mode		;
input [1:0]	setting_position	;

wire		blink_clk		;

nco		blink_clk_u1(			
		.o_gen_clk	( blink_clk	),
		.i_nco_num	( 32'd25000000	),
		.clk		( clk		),
		.rst_n		( rst_n		));

reg		blink		;



always @(posedge blink_clk or negedge rst_n) begin
	if(rst_n == 1'b0) begin					// start 0
			blink	  <= 1'b0		;
	end else begin
		if((setting_mode == 3'd1)||(setting_mode == 3'd2)) begin
			blink <= 1'b1;
		end else begin
			blink <= 1'b0;
		end
	end
end	

reg		o_dis_hour;
reg		o_dis_min;
reg		o_dis_sec ;

always @ ( posedge clk) begin
	if( (setting_mode == 3'd1)||(setting_mode == 3'd2)) begin
		if(blink == 1'b1) begin
			case(setting_position)
				2'b00 :begin				// sec
					o_dis_hour<= 1'b1;
					o_dis_min <= 1'b1;
					o_dis_sec <= ~i_dis_sec;
				end
				2'b01 :begin				// min
					o_dis_hour<= 1'b1;
					o_dis_min <= ~i_dis_min;
					o_dis_sec <= 1'b1;
				end
				2'b10 :begin				// hour
					o_dis_hour<= ~i_dis_hour;
					o_dis_min <= 1'b1;
					o_dis_sec <= 1'b1;
				end
				default : ;
			endcase
		 end else begin
			o_dis_hour<= 1'b1;
			o_dis_min <= 1'b1;
			o_dis_sec <= 1'b1;
		end
	end else begin
		o_dis_hour<= 1'b1;
		o_dis_min <= 1'b1;
		o_dis_sec <= 1'b1;
	end
end

endmodule


module	led_disp(
		o_seg_dp,
		o_seg_enb,
		o_seg,
		i_six_digit_seg,
		i_six_dp,
		clk,
		rst_n
		);

output	[5:0]	o_seg_enb		;		// light place
output		o_seg_dp		;
output	[6:0]	o_seg			;

input	[41:0]	i_six_digit_seg		; 		// 7-segment *6 = 42-bit
input	[5:0]	i_six_dp		;
input		clk			;
input		rst_n			;

wire		gen_clk		;

nco		u_nco(					
		.o_gen_clk	( gen_clk	),
		.i_nco_num	( 32'd5000	),	// i don't know why 32'd5000 ( display = slow ?)
		.clk		( clk		),
		.rst_n		( rst_n		));


reg	[3:0]	cnt_common_node	;			// common_node  = lighting led 

always @(posedge gen_clk or negedge rst_n) begin
	if(rst_n == 1'b0) begin
		cnt_common_node <= 4'd0;
	end else begin
		if(cnt_common_node >= 4'd5) begin
			cnt_common_node <= 4'd0;
		end else begin
			cnt_common_node <= cnt_common_node + 1'b1;
		end
	end
end

reg	[5:0]	o_seg_enb		;

always @(cnt_common_node) begin				// bling bling twincle
	case (cnt_common_node)				// 0 place => display
		4'd0 : o_seg_enb = 6'b111110;		// first place display
		4'd1 : o_seg_enb = 6'b111101;		// second place display 
		4'd2 : o_seg_enb = 6'b111011;
		4'd3 : o_seg_enb = 6'b110111;
		4'd4 : o_seg_enb = 6'b101111;
		4'd5 : o_seg_enb = 6'b011111;
	endcase
end

reg		o_seg_dp		;

always @(cnt_common_node) begin
	case (cnt_common_node)
		4'd0 : o_seg_dp = i_six_dp[0];
		4'd1 : o_seg_dp = i_six_dp[1];
		4'd2 : o_seg_dp = i_six_dp[2];
		4'd3 : o_seg_dp = i_six_dp[3];
		4'd4 : o_seg_dp = i_six_dp[4];
		4'd5 : o_seg_dp = i_six_dp[5];
	endcase
end

reg	[6:0]	o_seg			;

always @(cnt_common_node) begin
	case (cnt_common_node)
		4'd0 : o_seg = i_six_digit_seg[6:0];	// sec-right
		4'd1 : o_seg = i_six_digit_seg[13:7];	// sec-left
		4'd2 : o_seg = i_six_digit_seg[20:14];	// min-right
		4'd3 : o_seg = i_six_digit_seg[27:21];	// min-left
		4'd4 : o_seg = i_six_digit_seg[34:28];	// hour-right
		4'd5 : o_seg = i_six_digit_seg[41:35];	// hour-left
		default:o_seg = 7'b111_1110; 		// 0 display
	endcase
end



endmodule


module	top_total_clock(
		o_seg_enb,
		o_seg_dp,
		o_seg,
		o_alarm,
		i_sw0,
		i_sw1,
		i_sw2,
		i_sw3,
		i_sw4,
		i_sw6,
		i_sw7,
		clk,
		rst_n);

output	[5:0]	o_seg_enb	;
output		o_seg_dp	;
output	[6:0]	o_seg		;
output		o_alarm		;

input		i_sw0		;
input		i_sw1		;
input		i_sw2		;
input		i_sw3		;
input		i_sw4		;
input		i_sw6		;

input		i_sw7		;

input		clk		;
input		rst_n		;

wire		max_hit_hour	;			// max_hit_hour
wire		max_hit_min	;
wire		max_hit_sec	;

wire		out_max_hit_hour;			// out_max_hit_hour
wire 		out_max_hit_min	;
wire		out_max_hit_sec	;

wire		out_sw_max_hit_ssec;
wire		out_sw_max_hit_sec;
wire		out_sw_max_hit_min;			// out_sw_hit

wire		out_hour_clk	;			// out_hour_clk
wire		out_min_clk	;
wire		out_sec_clk	;

wire 		out_alarm_en1	;
wire		out_alarm_en2	;

wire		out_alarm1	;
wire		out_alarm2	;

wire		out_alarm_hour_clk;
wire		out_alarm_min_clk;
wire		out_alarm_sec_clk;

wire [1:0]	out_position	;
wire [2:0]	out_mode	;

wire [6:0]	out_hour	;			// out_hour add
wire [6:0]	out_min		;
wire [6:0]	out_sec		;

wire [1:0]	stop_en		;
wire		am_pm_en	;

wire 		ssec_clk	;
wire 		sec_clk		;
wire 		min_clk		;

wire		dis_hour_clk	;
wire		dis_min_clk	;
wire		dis_sec_clk	;

wire		blink			;
wire		blink_clk		;

wire		dis_hour		;
wire		dis_min			;
wire		dis_sec			;

controller	controller_ctrl(
		.o_mode(out_mode),
		.o_position(out_position),

		.o_alarm_en1(out_alarm_en1),
		.o_alarm_en2(out_alarm_en2),

		.o_stopwatch_en(stop_en),
		.o_am_pm_en(am_pm_en),		

		.o_sec_clk(out_sec_clk),
		.o_min_clk(out_min_clk),
		.o_hour_clk(out_hour_clk),

		.o_alarm_sec_clk(out_alarm_sec_clk),
		.o_alarm_min_clk(out_alarm_min_clk),
		.o_alarm_hour_clk(out_alarm_hour_clk),	//alarm_hour_clk add

		.o_sw_ssec_clk(ssec_clk),         // stop watch clk
      		.o_sw_sec_clk(sec_clk),      
      		.o_sw_min_clk(min_clk),      
		
		.i_max_hit_sec(out_max_hit_sec),
		.i_max_hit_min(out_max_hit_min),
		.i_max_hit_hour(out_max_hit_hour),

		.i_sw_hit_ssec(out_sw_max_hit_ssec),
		.i_sw_hit_sec(out_sw_max_hit_sec),         // sw hit
      		.i_sw_hit_min(out_sw_max_hit_min),         

		.i_sw0(i_sw0),
		.i_sw1(i_sw1),
		.i_sw2(i_sw2),
		.i_sw3(i_sw3),				// sw3 add
		.i_sw4(i_sw4),				// sw4 add
		.i_sw6(i_sw6),
		.i_sw7(i_sw7),
	
		.clk(clk),
		.rst_n(rst_n),

		.dis_hour(dis_hour_clk),
		.dis_min(dis_min_clk),
		.dis_sec(dis_sec_clk)
		);

blink		blink_blink( 
		.clk(clk),
		.rst_n(rst_n),
		.blink(blink), 
		.blink_clk(blink_clk),
		.setting_mode(out_mode),
		.setting_position(out_position),
		.i_dis_hour(dis_hour_clk),
		.i_dis_min(dis_min_clk),
		.i_dis_sec(dis_sec_clk),
		.o_dis_hour(dis_hour),
		.o_dis_min(dis_min),
		.o_dis_sec(dis_sec)
		);


hourminsec	hourminsec_hourminsec(
		.o_sec(out_sec),
		.o_min(out_min),
		.o_hour(out_hour),

		.o_max_hit_sec(out_max_hit_sec),
		.o_max_hit_min(out_max_hit_min),
		.o_max_hit_hour(out_max_hit_hour),

		.o_alarm1(out_alarm1),
		.o_alarm2(out_alarm2),

		.i_mode(out_mode),
		.i_position(out_position),

		.i_sec_clk(out_sec_clk),
		.i_min_clk(out_min_clk),
		.i_hour_clk(out_hour_clk),

		.o_sw_hit_ssec(out_sw_max_hit_ssec),			
		.o_sw_hit_sec(out_sw_max_hit_sec),	
		.o_sw_hit_min(out_sw_max_hit_min),	// sw- hit	

		.i_alarm_sec_clk(out_alarm_sec_clk),
		.i_alarm_min_clk(out_alarm_min_clk),
		.i_alarm_hour_clk(out_alarm_hour_clk),

		.i_sw_ssec_clk(ssec_clk),			// sw clk	<= controller
		.i_sw_sec_clk(sec_clk),
		.i_sw_min_clk(min_clk),

		.i_alarm_en1(out_alarm_en1),
		.i_alarm_en2(out_alarm_en2),

		.i_stopwatch_en(stop_en),
		.i_am_pm_en(am_pm_en),

		.clk(clk),
		.rst_n(rst_n)
		);

wire [3:0]	out_left_hour	;
wire [3:0]	out_right_hour	;

wire [3:0]	out_left_min	;
wire [3:0]	out_right_min	;

wire [3:0]	out_left_sec	;	
wire [3:0]	out_right_sec	;

double_fig_sep	double_fig_sep_u0_dfs(			// u0 : hour
		.o_left(out_left_hour),
		.o_right(out_right_hour),
		.i_double_fig(out_hour));

double_fig_sep	double_fig_sep_u1_dfs(			// u1 : min
		.o_left(out_left_min),
		.o_right(out_right_min),
		.i_double_fig(out_min));

double_fig_sep	double_fig_sep_u2_dfs(			// u2 : sec
		.o_left(out_left_sec),
		.o_right(out_right_sec),
		.i_double_fig(out_sec));

wire [41:0]	i_six_digit_seg	;

fnd_dec		find_dec_find_dec(
		.clk(clk),
		.hour10(out_left_hour),
		.hour0(out_right_hour),
		.min10(out_left_min),
		.min0(out_right_min),
		.sec10(out_left_sec),
		.sec0(out_right_sec),
		.blink(blink),
		.blink_clk(blink_clk),
		.dis_hour(dis_hour),
		.dis_min(dis_min),
		.dis_sec(dis_sec),
		.i_six_digit_seg(i_six_digit_seg)
		);

wire [5:0]	o_six_dp	;

dot		dot_dot(
		.mode(out_mode),
		.position(out_position),
		.o_six_dp(o_six_dp),
		.blink_clk(blink_clk),
		.rst_n(rst_n),
		.alarm_en1(out_alarm_en1),
		.alarm_en2(out_alarm_en2),
		.ampm_en(am_pm_en)
		);

led_disp	led_disp_u0_led_disp(
		.o_seg_dp(o_seg_dp),
		.o_seg(o_seg),
		.o_seg_enb(o_seg_enb),
		.i_six_digit_seg(i_six_digit_seg),
		.i_six_dp(o_six_dp),
		.clk(clk),
		.rst_n(rst_n)
		);


buzz		buzz_u0(
		.o_buzz(o_alarm),
		.i_buzz_en1(out_alarm1),
		.i_buzz_en2(out_alarm2),
		.clk(clk),
		.rst_n(rst_n)
		);



endmodule